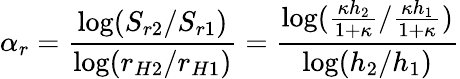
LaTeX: \alpha_{r}=\frac{\log(S_{r2}/S_{r1})}{\log(r_{H2}/r_{H1})}=\frac{\log(\frac{\kappa h_{2}}{1+\kappa}/\frac{\kappa h_{1}}{1+\kappa})}{\log(h_{2}/h_{1})}